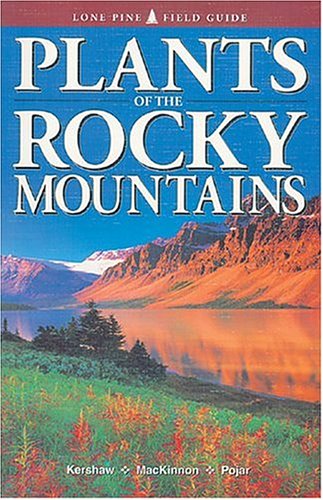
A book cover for Plants of the Rocky Mountains (Lone Pine Field Guide); Linda J. Kershaw; Science & Math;